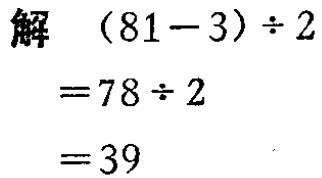
解

\[

\begin{align*}

(81 - 3) \div 2&= 78\div 2\\

&= 39

\end{align*}

\]